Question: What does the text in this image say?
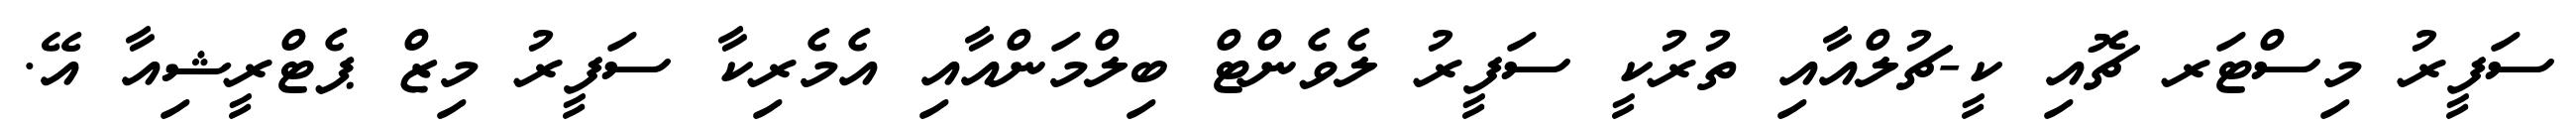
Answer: ސަފީރު މިސްޓަރ ޗޮއި ކީ-ޗުލްއާއި ތުރުކީ ސަފީރު ލެވެންޓް ބިލްމަންއާއި އެމެރިކާ ސަފީރު މިޒް ޕެޓްރީޝިއާ އޭ.